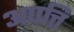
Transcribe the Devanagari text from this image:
अपत्ति